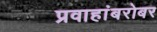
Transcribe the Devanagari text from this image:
प्रवाहांबरोबर